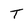
Character: T